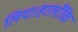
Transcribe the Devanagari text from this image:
लिया।हालाँकि